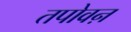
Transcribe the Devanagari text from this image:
तपोवऩ